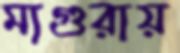
মাগুরায়